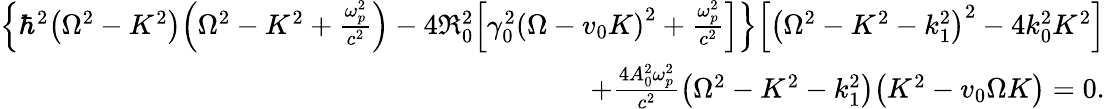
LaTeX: \begin{array}{r}{{\left\{ \hbar^{2}{\left(\Omega^{2}-K^{2}\right)}{\left(\Omega^{2}-K^{2}+{\frac{\omega_{p}^{2}}{c^{2}}}\right)}-4{\mathfrak R}_{0}^{2}{\left[\gamma_{0}^{2}{\left(\Omega-v_{0}K\right)}^{2}+{\frac{\omega_{p}^{2}}{c^{2}}}\right]}\right\} }{\left[{\left(\Omega^{2}-K^{2}-k_{1}^{2}\right)}^{2}-4k_{0}^{2}K^{2}\right]}}\\ {+{\frac{4A_{0}^{2}\omega_{p}^{2}}{c^{2}}}{\left(\Omega^{2}-K^{2}-k_{1}^{2}\right)}{\left(K^{2}-v_{0}\Omega K\right)}=0.}\end{array}